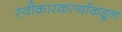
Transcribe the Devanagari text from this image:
स्वीकारकर्त्यांकडून